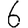
Digit: 6